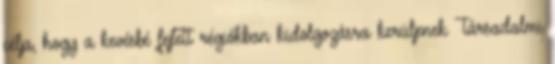
célja, hogy a kevésbé fejlett régiókban kidolgozásra kerüljenek Társadalmi